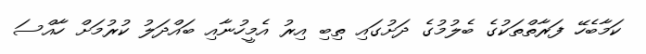
ކަމާބެހޭ ފަރާތްތަކުގެ ބެލުމުގެ ދަށުގައި ތިބި އިރު އެމީހުނާއި ބައްދަލު ކުރުމަށް ހާއްސަ